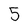
Character: 5